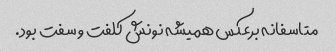
متاسفانه برعکس همیشه نونش کلفت و سفت بود.